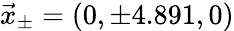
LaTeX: \vec{x}_{\pm}=(0,\pm 4.891,0)